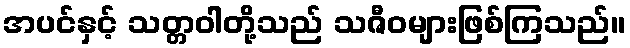
အပင်နှင့် သတ္တဝါတို့သည် သဇီဝများဖြစ်ကြသည်။